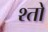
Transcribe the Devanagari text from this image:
श्तो